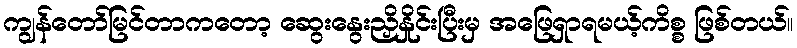
ကျွန်တော်မြင်တာကတော့ ဆွေးနွေးညှိနှိုင်းပြီးမှ အဖြေရှာရမယ့်ကိစ္စ ဖြစ်တယ်။